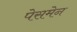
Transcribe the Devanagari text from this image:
पेसमेन